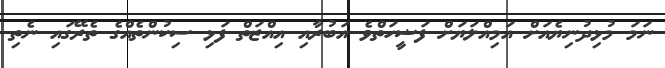
ނަމަ މުޅިދުނިޔެއަށް އަމިއްލަޔަށް ފަޟީހަތްވެ އަބުރާއި އިއްޒަތް ފަޅި ސިކުންތެއްގެ ތެރޭގައި ނެތި